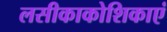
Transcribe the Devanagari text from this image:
लसीकाकोशिकाएं